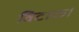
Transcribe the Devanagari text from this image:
विटाळ।